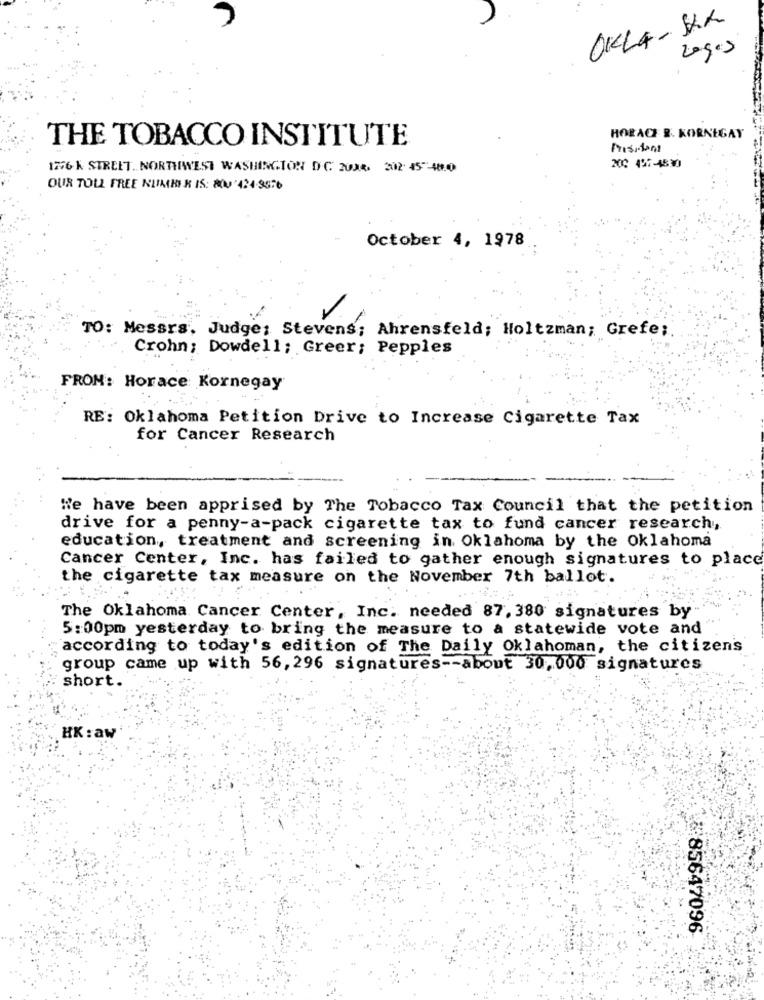
OKLA-XXX
Lagos
THE TOBACCO INSTITUTE
HORACE B. KORNEGAY
President
1276 K STREET. NORTHWEST WASHINGTON D.C. 2034. 202: 45 48.0
200 457-4830
OUR TOLL FREE NUMBER IS: 200 424 9576
October 4, 1978
TO: Messrs, Judge; Stevens; Ahrensfeld; Holtzman; Grefe;
Crohn; Dowdell; Greer; Pepples
FROM: Horace Kornegay
RE: Oklahoma Petition Drive to Increase Cigarette Tax
for Cancer Research
We have been apprised by The Tobacco Tax Council that the petition
drive for a penny-a-pack cigarette tax to fund cancer research,
education, treatment and screening in Oklahoma by the Oklahoma
Cancer Center, Inc. has failed to gather enough signatures to place
the cigarette tax measure on the November 7th ballot.
The Oklahoma Cancer Center, Inc. needed 87, 380 signatures by
5:00pm yesterday to bring the measure to a statewide vote and
according to today's edition of The Daily Oklahoman, the citizens
group came up with 56, 296 signatures -- about 30,000 signatures
short.
HK : aw
£85647096